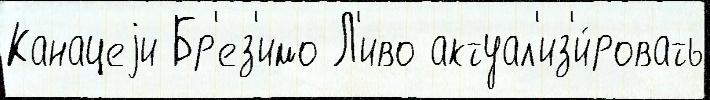
Канацеjи Бр'ез'имо Л'иво актуал'из'и́ровать